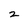
Character: 2